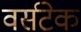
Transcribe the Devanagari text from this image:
वर्सटेक